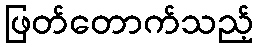
ဖြတ်တောက်သည့်